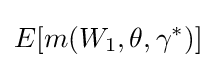
E[m(W_{1},\theta ,\gamma ^{*})]